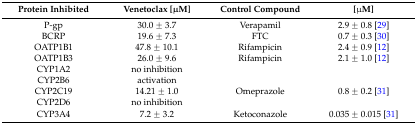
| Protein Inhibited | Venetoclax [μM] | Control Compound | [μM] |
 | --- | --- | --- | --- |
 | P-gp | 30.0 ± 3.7 | Verapamil | 2.9 ± 0.8 [29] |
 | BCRP | 19.6 ± 7.3 | FTC | 0.7 ± 0.3 [30] |
 | OATP1B1 | 47.8 ± 10.1 | Rifampicin | 2.4 ± 0.9 [12] |
 | OATP1B3 | 26.0 ± 9.6 | Rifampicin | 2.1 ± 1.0 [12] |
 | CYP1A2 | no inhibition |  |  |
 | CYP2B6 | activation |  |  |
 | CYP2C19 | 14.21 ± 1.0 | Omeprazole | 0.8 ± 0.2 [31] |
 | CYP2D6 | no inhibition |  |  |
 | CYP3A4 | 7.2 ± 3.2 | Ketoconazole | 0.035 ± 0.015 [31] |